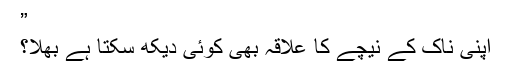
”
اپنی ناک کے نیچے کا علاقہ بھی کوئی دیکھ سکتا ہے بھلا؟